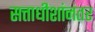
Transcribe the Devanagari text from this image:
सत्ताधीशांनंतर